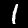
Label: 1